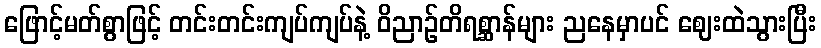
ဖြောင့်မတ်စွာဖြင့် တင်းတင်းကျပ်ကျပ်နဲ့ ဝိညာဉ်တိရစ္ဆာန်များ ညနေမှာပင် ဈေးထဲသွားပြီး